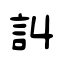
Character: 訆